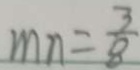
m n = \frac { 3 } { 8 }